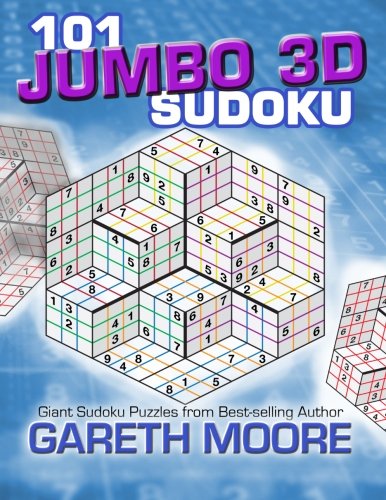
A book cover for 101 Jumbo 3D Sudoku; Gareth Moore; Humor & Entertainment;